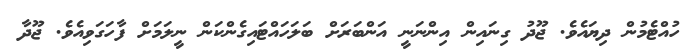
ހުއްޓެމުން ދިޔައެވެ. ޖޫދު ގިނައިން އިންނަނީ އަންބަރަށް ބަލަހައްޓައިގެންކަން ނީލަމަށް ފާހަަގަވިއެވެ. ޖޫދާ